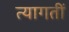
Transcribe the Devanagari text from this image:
त्यागतीं